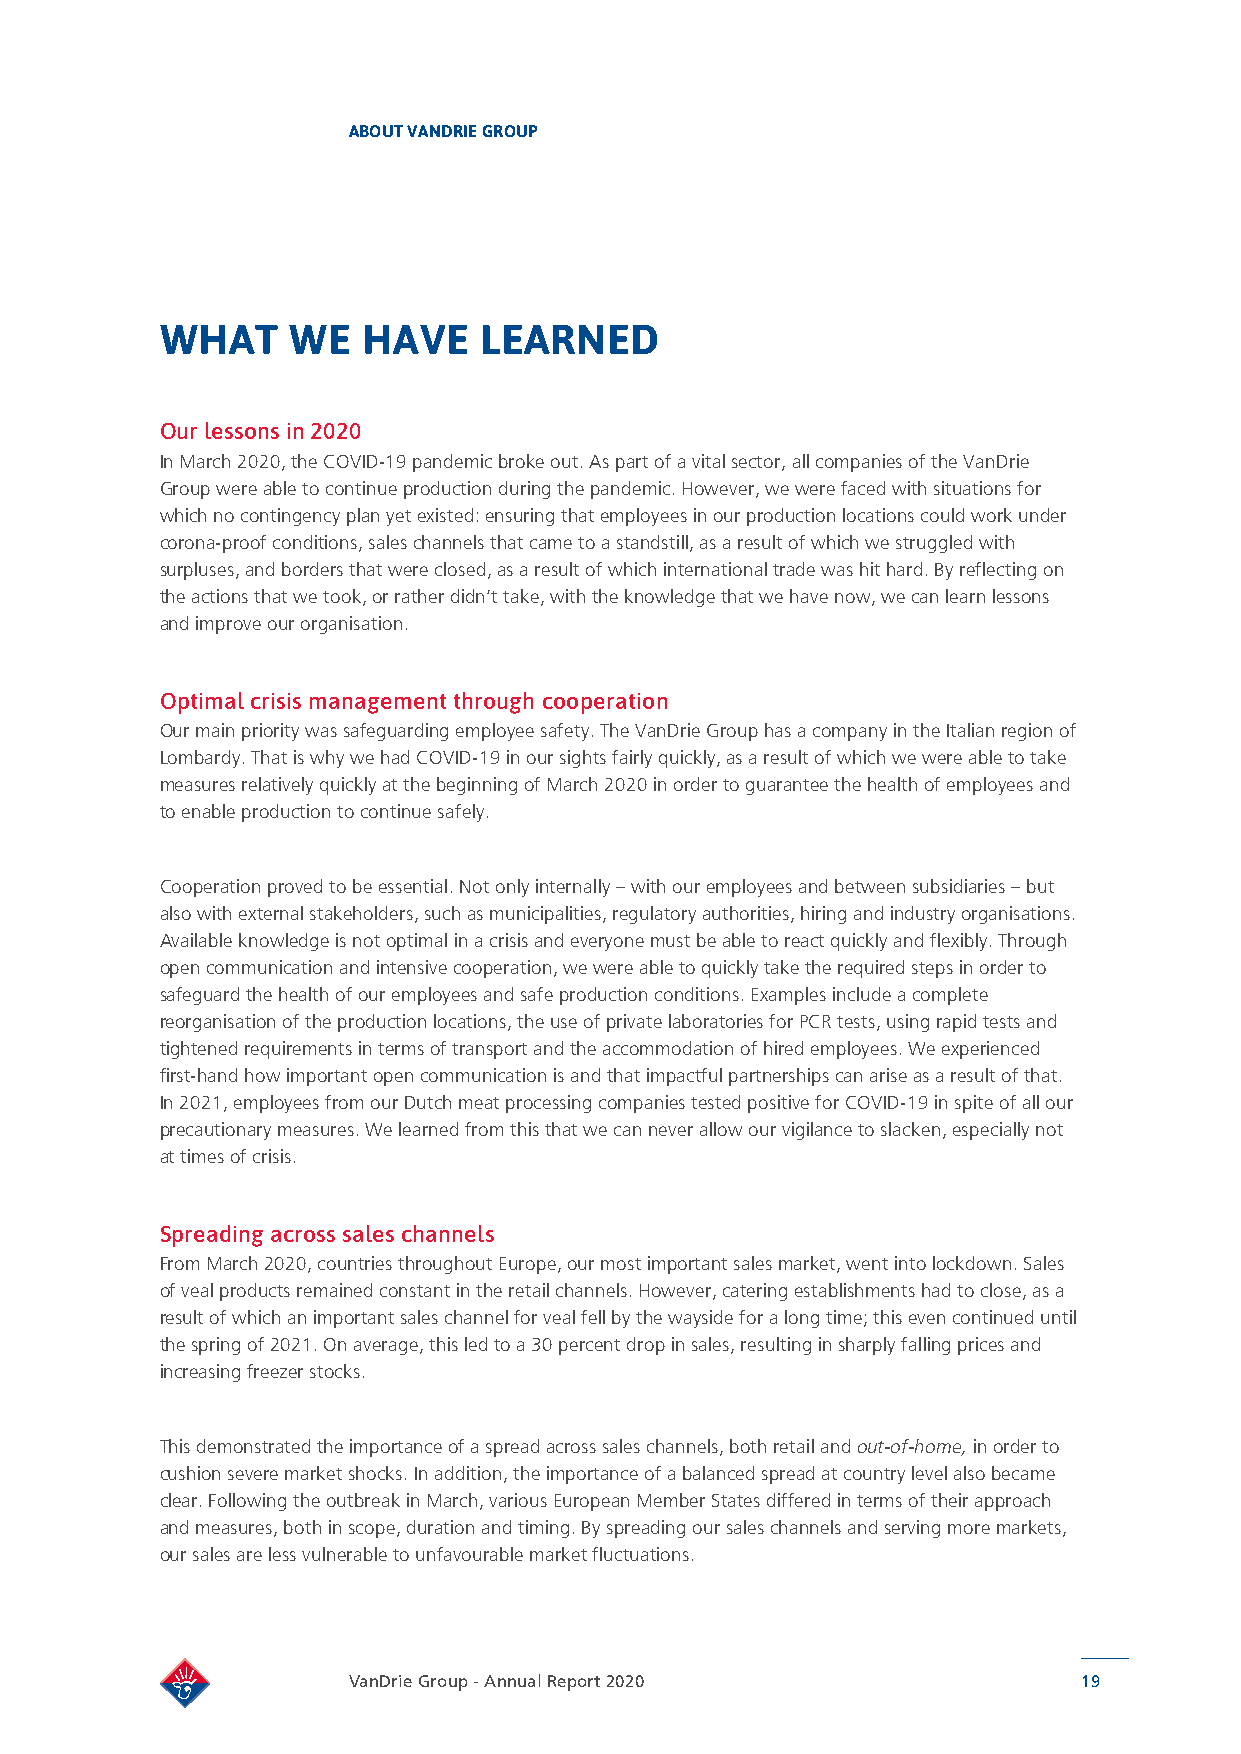
ABOUT VANDRIE GROUP
 WHAT    WE   HAVE    LEARNED
 Our lessons in 2020
 In March 2020, the COVID-19 pandemic broke out. As part of a vital sector, all companies of the VanDrie
 Group were able to continue production during the pandemic. However, we were faced with situations for
 which no contingency plan yet existed: ensuring that employees in our production locations could work under
 corona-proof conditions, sales channels that came to a standstill, as a result of which we struggled with
 surpluses, and borders that were closed, as a result of which international trade was hit hard. By reflecting on
 the actions that we took, or rather didn’t take, with the knowledge that we have now, we can learn lessons
 and improve our organisation.
 Optimal crisis management through cooperation
 Our main priority was safeguarding employee safety. The VanDrie Group has a company in the Italian region of
 Lombardy. That is why we had COVID-19 in our sights fairly quickly, as a result of which we were able to take
 measures relatively quickly at the beginning of March 2020 in order to guarantee the health of employees and
 to enable production to continue safely.
 Cooperation proved to be essential. Not only internally – with our employees and between subsidiaries – but
 also with external stakeholders, such as municipalities, regulatory authorities, hiring and industry organisations.
 Available knowledge is not optimal in a crisis and everyone must be able to react quickly and flexibly. Through
 open communication and intensive cooperation, we were able to quickly take the required steps in order to
 safeguard the health of our employees and safe production conditions. Examples include a complete
 reorganisation of the production locations, the use of private laboratories for PCR tests, using rapid tests and
 tightened requirements in terms of transport and the accommodation of hired employees. We experienced
 first-hand how important open communication is and that impactful partnerships can arise as a result of that.
 In 2021, employees from our Dutch meat processing companies tested positive for COVID-19 in spite of all our
 precautionary measures. We learned from this that we can never allow our vigilance to slacken, especially not
 at times of crisis.
 Spreading across sales channels
 From March 2020, countries throughout Europe, our most important sales market, went into lockdown. Sales
 of veal products remained constant in the retail channels. However, catering establishments had to close, as a
 result of which an important sales channel for veal fell by the wayside for a long time; this even continued until
 the spring of 2021. On average, this led to a 30 percent drop in sales, resulting in sharply falling prices and
 increasing freezer stocks.
 This demonstrated the importance of a spread across sales channels, both retail and out-of-home, in order to
 cushion severe market shocks. In addition, the importance of a balanced spread at country level also became
 clear. Following the outbreak in March, various European Member States differed in terms of their approach
 and measures, both in scope, duration and timing. By spreading our sales channels and serving more markets,
 our sales are less vulnerable to unfavourable market fluctuations.
 VanDrie Group - Annual Report 2020               19